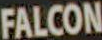
FALCON